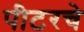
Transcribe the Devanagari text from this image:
पीटरचे